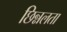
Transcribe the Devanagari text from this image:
छिन्नलता